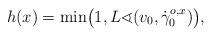
LaTeX: \begin{align*}h(x)=\min\bigl(1,L\sphericalangle(v_{0},\dot\gamma^{o,x}_{0})\bigr),\end{align*}